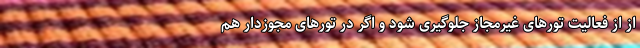
از از فعالیت تورهای غیرمجاز جلوگیری شود و اگر در تورهای مجوزدار هم